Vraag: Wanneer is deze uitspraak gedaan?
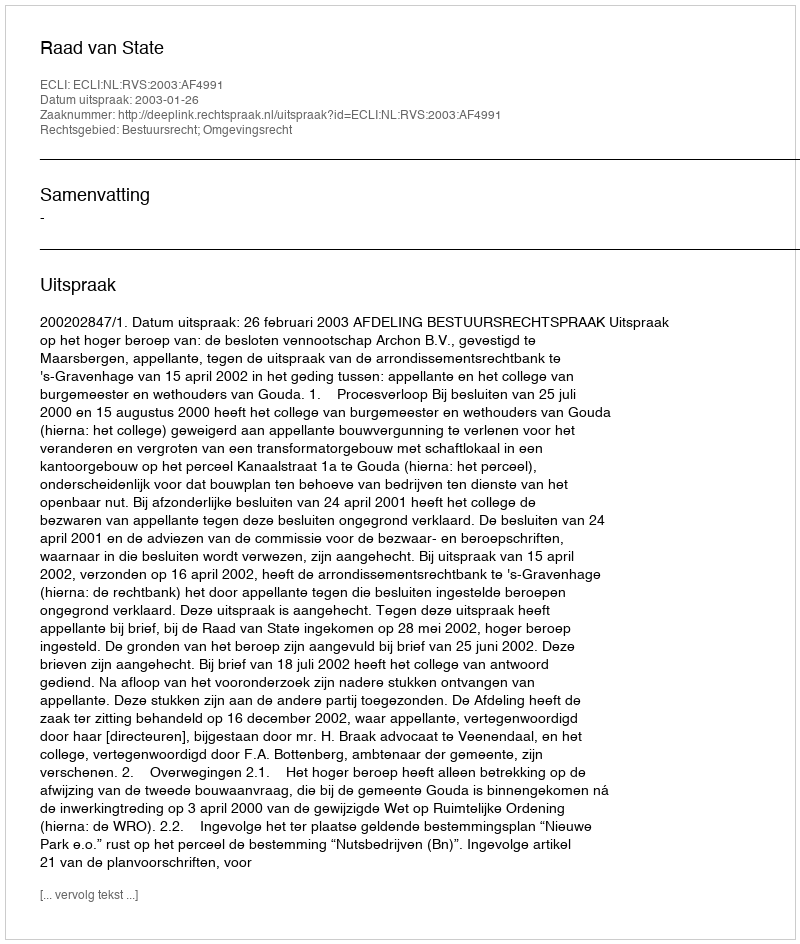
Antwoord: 2003-01-26